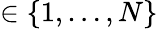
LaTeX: \in\{ 1,\ldots,N\}